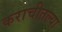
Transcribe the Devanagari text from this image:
कराचीतल्या